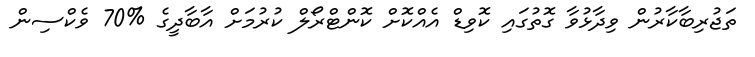
ތަޖުރިބާކާރުން ވިދާޅުވާ ގޮތުގައި ކޮވިޑް އެއްކޮށް ކޮންޓްރޯލް ކުރުމަށް އާބާދީގެ %70 ވެކްސިން